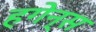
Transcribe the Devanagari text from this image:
हगेन्स